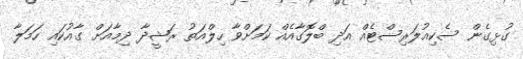
ގުޅިގެން ސެކިއުލަރިސްޓެއް އަދި ބްލޮގާއެއް ކަމަށްވާ ހިލްއަތު ރަޝީދާ ދިމާއަށް ގާއުކައި ހަމަލާ